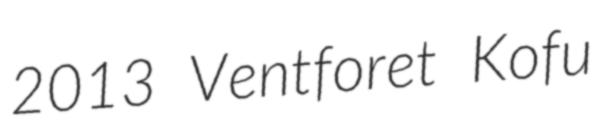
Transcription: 2013 Ventforet Kofu